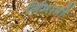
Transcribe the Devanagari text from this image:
र्निमात्री